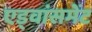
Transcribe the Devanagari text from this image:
एड्वांसमेंट